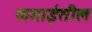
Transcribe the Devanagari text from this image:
कमाईतील